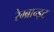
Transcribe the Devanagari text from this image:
रेम्ब्रान्ड्ट